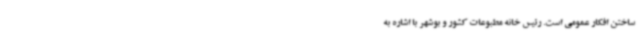
ساختن افکار عمومی است. رئیس خانه مطبوعات کشور و بوشهر با اشاره به